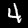
Digit: 4